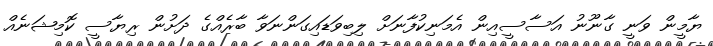
ޔާމީން ވަނީ ގާނޫނު އަސާސީއިން އެމަނިކުފާނަށް ލިބިވަޑައިގަންނަވާ ބާރެއްގެ ދަށުން ރިޔާސީ ކޮމިޝަނެއް